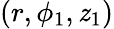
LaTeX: (r,\phi_{1},\mathit{z}_{1})